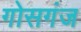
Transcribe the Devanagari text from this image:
गोसगंज